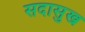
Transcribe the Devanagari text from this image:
सदासुख